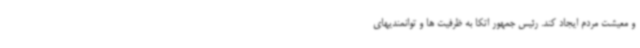
و معیشت مردم ایجاد کند. رئیس جمهور اتکا به ظرفیت ها و توانمندیهای